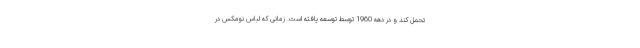
تحمل کند و در دهه 1960 توسط توسعه یافته است. زمانی که لباس نومکس در